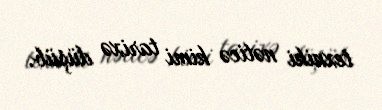
texniki nəticə kimi tarixə düşüb.